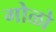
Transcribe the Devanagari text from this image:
गोळो